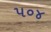
૫૦૪